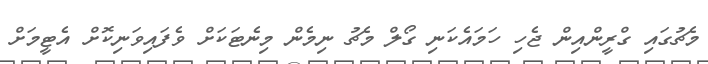
މެޗުގައި ގްރީންއިން ޖެހި ހަމައެކަނި ގޯލް މެޗު ނިމެން މިނެޓަކަށް ވެފައިވަނިކޮށް އެޓީމަށް